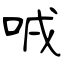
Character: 㖅